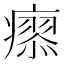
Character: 𤺟